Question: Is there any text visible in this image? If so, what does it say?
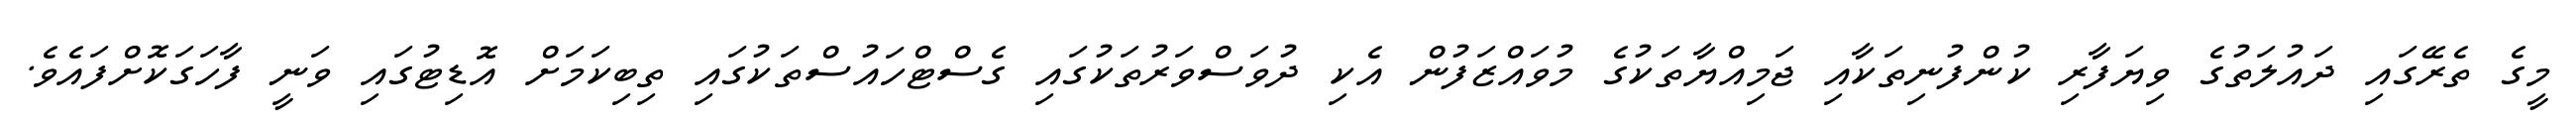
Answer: މީގެ ތެރޭގައި ދައުލަތުގެ ވިޔަފާރި ކުންފުނިތަކާއި ޖަމިއްޔާތަކުގެ މުވައްޒަފުން އެކި ދުވަސްވަރުތަކުގައި ގެސްޓްހައުސްތަކުގައި ތިބިކަމަށް އޮޑިޓުގައި ވަނީ ފާހަގަކޮށްފައެވެ.